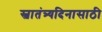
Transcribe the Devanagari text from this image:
स्वातंत्र्यदिनासाठी